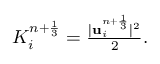
\begin{array} { r } { K _ { i } ^ { n + \frac { 1 } { 3 } } = \frac { | \mathbf u _ { i } ^ { n + \frac { 1 } { 3 } } | ^ { 2 } } { 2 } . } \end{array}